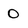
Character: 0